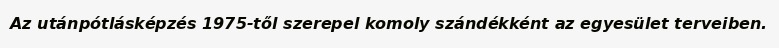
Az utánpótlásképzés 1975-től szerepel komoly szándékként az egyesület terveiben.